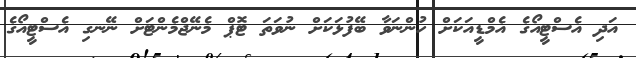
އަދި އެސްޓީއޯގެ އެމްޑީއަކަށް ހުންނަވާ ބޭފުޅަކަށް ނުވަތަ ޓޮޕް މެނޭޖްމެންޓަށް ނޭނގި އެސްޓީއޯގެ